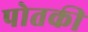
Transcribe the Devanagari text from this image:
पोतकी